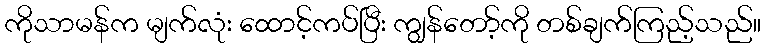
ကိုသာမန်က မျက်လုံး ထောင့်ကပ်ပြီး ကျွန်တော့်ကို တစ်ချက်ကြည့်သည်။